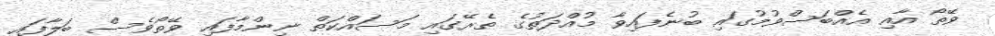
ވޭތޯ އާއި އެއްބަސްވުމުގައި ބުނެފައިވާ މުއްދަތުގެ ތެރޭގައި މަސައްކަތް ނިންމާފައި ވޭތޯވެސް ބަލާފައި